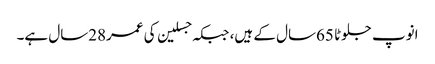
انوپ جلوٹا 65سال کے ہیں، جبکہ جسلین کی عمر28سال ہے۔